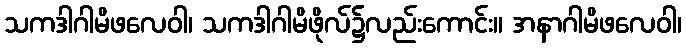
သကဒါဂါမိဖလေဝါ၊ သကဒါဂါမိဖိုလ်၌လည်းကောင်း။ အနာဂါမိဖလေဝါ၊